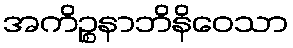
အကိဉ္စနာဘိနိဝေသာ